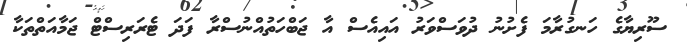
ސޫރިޔާގެ ހަނގުރާމަ ފެށުނު ދުވަސްވަރު އައިއެސް އާ ޖަބްހަތުއްނުސްރާ ފަދަ ޓެރަރިސްޓް ޖަމާއަތްތަކާ